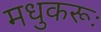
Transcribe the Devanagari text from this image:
मधुकरूः